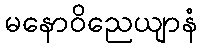
မနောဝိညေယျာနံ